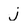
Character: j